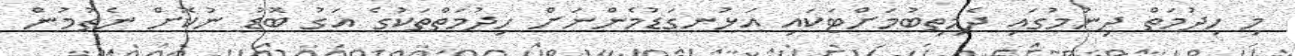
މި ހިދުމަތް ދިނުމުގައި ދެމިތިބުމަށްޓަކައި އަޅުނގަޑުމެންނަށް ހިދުމަތްތަކުގެ އަގު ބޮޑު ނުކޮށް ނެތުމުން